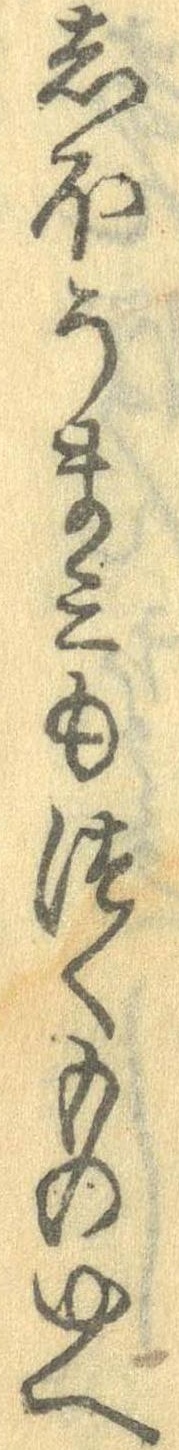
しほうまみもつくものゆへ